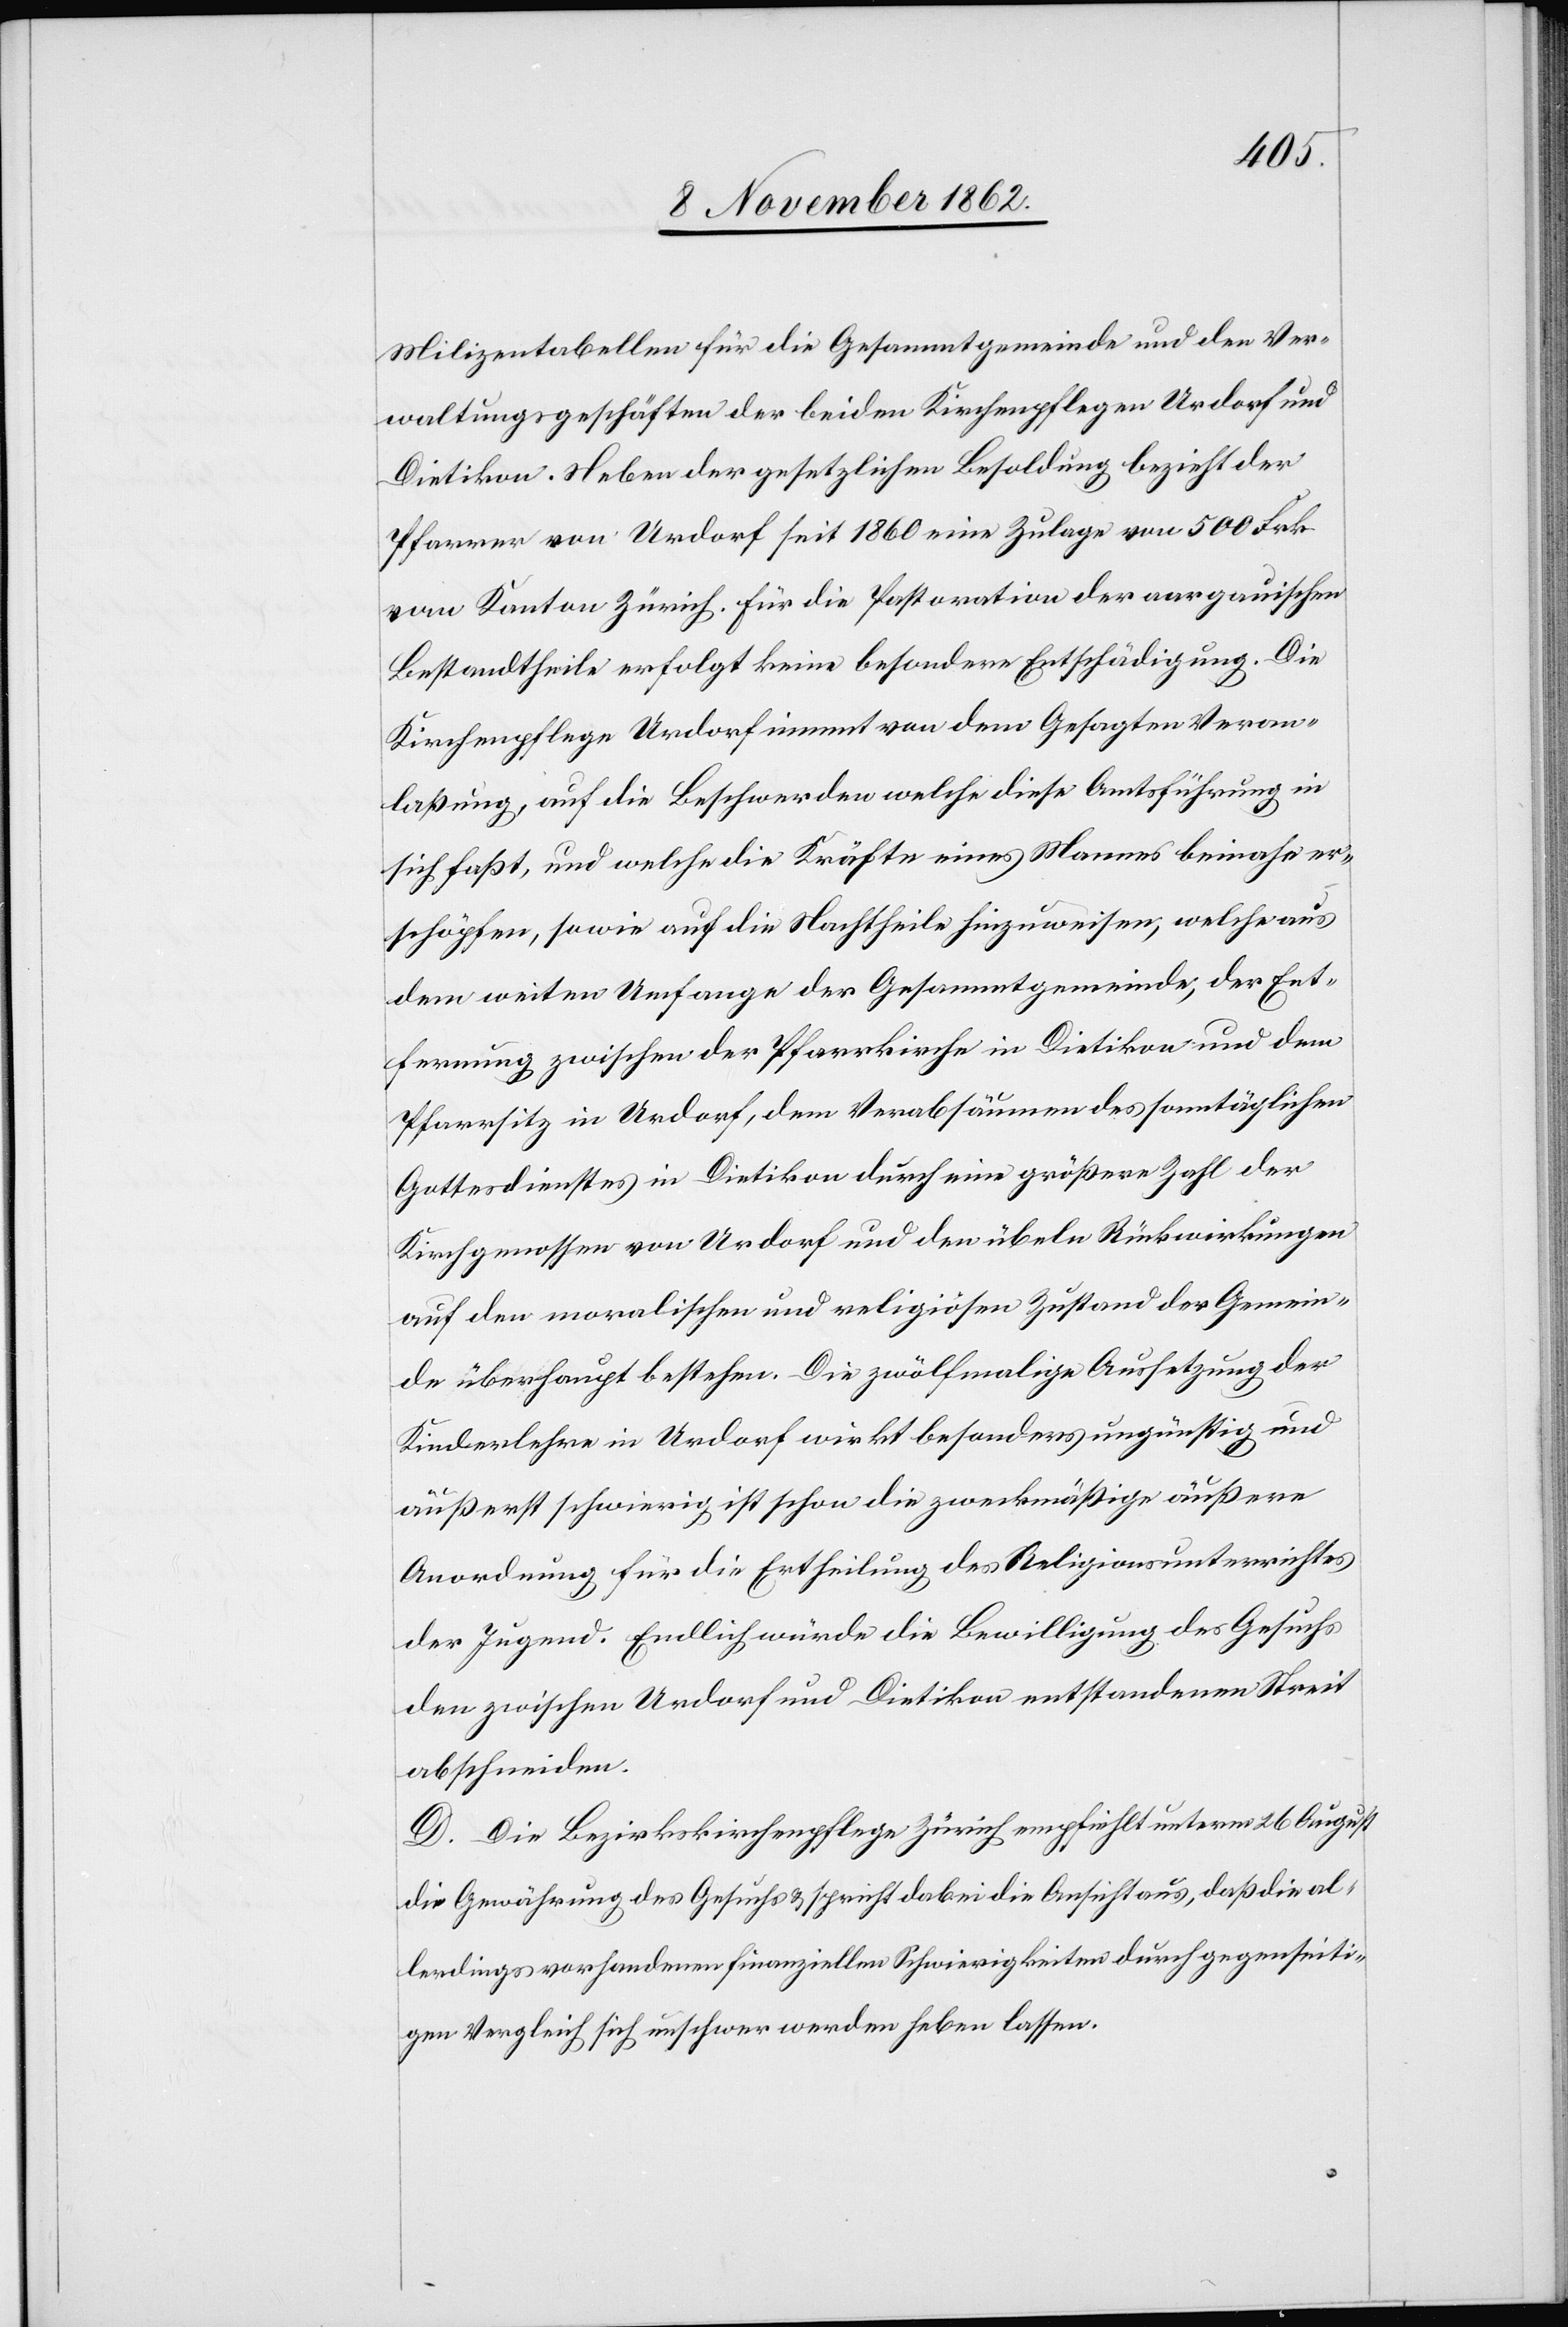
Milizentabellen für die Gesammtgemeinde und den Ver¬
waltungsgeschäften der beiden Kirchenpflegen Urdorf und
Dietikon. Neben der gesetzlichen Besoldung bezieht der
Pfarrer von Urdorf seit 1860 eine Zulage von 500 Frk.
vom Kanton Zürich. Für die Pastoration der aargauischen
Bestandtheile erfolgt keine besondere Entschädigung. Die
Kirchenpflege Urdorf nimmt von dem gesagten Veran¬
laßung, auf die Beschwerden welche diese Amtsführung in
sich faßt, und welche die Kräfte eines Mannes beinahe er¬
schöpfen, sowie auf die Nachtheile hinzuweisen, welche aus
dem weiten Umfange der Gesammtgemeinde, der Ent¬
fernung zwischen der Pfarrkirche in Dietikon und dem
Pfarrsitz in Urdorf, dem Verabsäumen des sonntäglichen
Gottesdienstes in Dietikon durch eine größere Zahl der
Kirchgenossen von Urdorf und den übeln Rückwirkungen
auf den moralischen und religiösen Zustand der Gemein¬
de überhaupt bestehen. Die zwölfmalige Aussetzung der
Kinderlehre in Urdorf wirkt besonders ungünstig und
äußerst schwierig ist schon die zweckmäßige äußere
Anordnung für die Ertheilung des Religionsunterrichtes
der Jugend. Endlich würde die Bewilligung des Gesuches
den zwischen Urdorf und Dietikon entstandenen Streit
abschneiden.
D. Die Bezirkskirchenpflege Zürich empfiehlt unterm 26. August
die Gewährung des Gesuchs u. spricht dabei die Ansicht aus, daß die al¬
lerdings vorhandenen finanziellen Schwierigkeiten durch gegenseiti¬
gen Vergleich unschwer werden haben lassen.